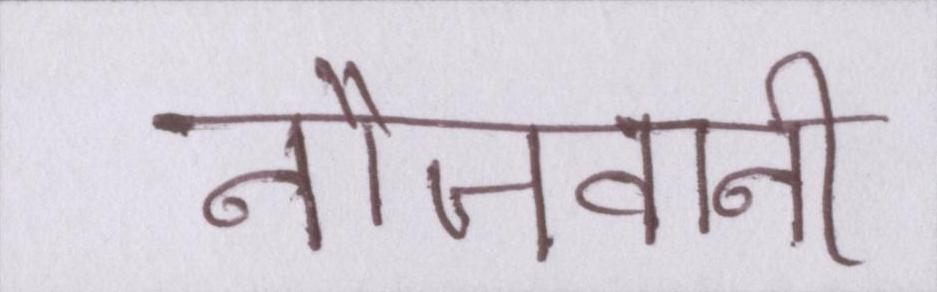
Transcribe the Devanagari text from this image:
नौजवानी